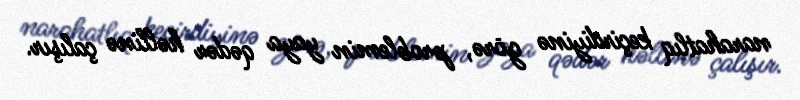
narahatlıq keçirdiyinə görə, problemin yaya qədər həllinə çalışır.